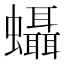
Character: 𧕩